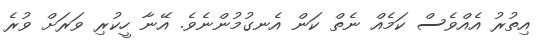
އިތުރު އެއްވެސް ކަމެއް ނެތް ކަން އެނގުމުންނެވެ. އޭނާ ހީކުރި ވަރަށް ވުރެ